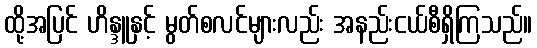
ထို့အပြင် ဟိန္ဒူနှင့် မွတ်စလင်များလည်း အနည်းငယ်စီရှိကြသည်။